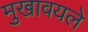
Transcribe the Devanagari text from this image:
मुखावयले